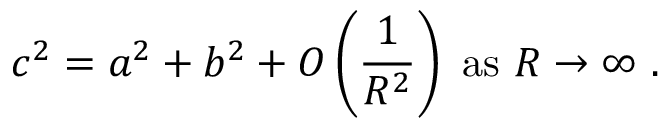
c ^ { 2 } = a ^ { 2 } + b ^ { 2 } + O \left( { \frac { 1 } { R ^ { 2 } } } \right) { \mathrm { ~ a s ~ } } R \to \infty \ .